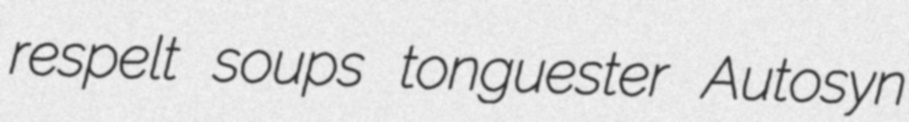
respelt soups tonguester Autosyn